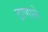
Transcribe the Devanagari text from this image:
ठाणाले